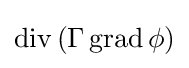
\operatorname {div} \left(\Gamma \operatorname {grad} \phi \right)